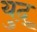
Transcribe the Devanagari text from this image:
युद्